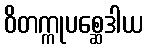
ဝိတက္ကုပစ္ဆေဒါယ